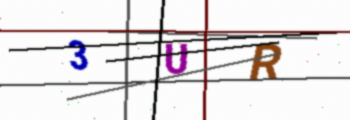
Text: 3UR